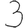
Digit: 3